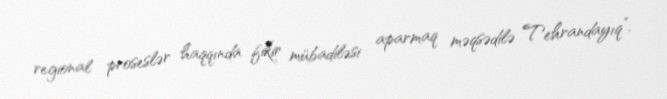
regional proseslər haqqında fikir mübadiləsi aparmaq məqsədilə Tehrandayıq”.